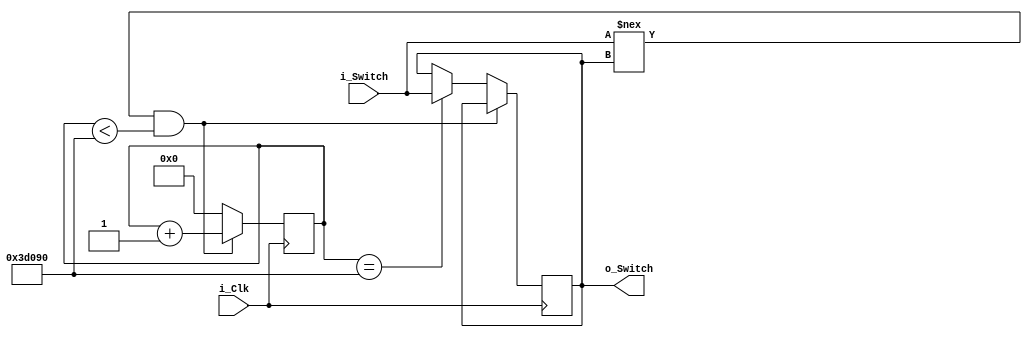
module Debounce_Switch
    (input i_Clk,
    input i_Switch,
    output o_Switch);

    parameter c_DEBOUNCE_LIMIT = 250000;        // 10ms @ 25 MHz

    reg r_State = 1'b0;
    reg [17:0] r_Count = 0;

    always @(posedge i_Clk) begin
        if ((i_Switch !== r_State) && (r_Count < c_DEBOUNCE_LIMIT))
            r_Count <= r_Count + 1;        // Counter
        else if (r_Count == c_DEBOUNCE_LIMIT)
            begin
               r_Count <= 0;
               r_State <= i_Switch; 
            end
        else
            r_Count <= 0;
    end

    assign o_Switch = r_State;

endmodule